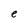
Character: e